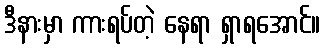
ဒီနားမှာ ကားရပ်တဲ့ နေရာ ရှာရအောင်။